Report on vaccination in Madras 1904-1921 - 1904-1921
Year: 1904
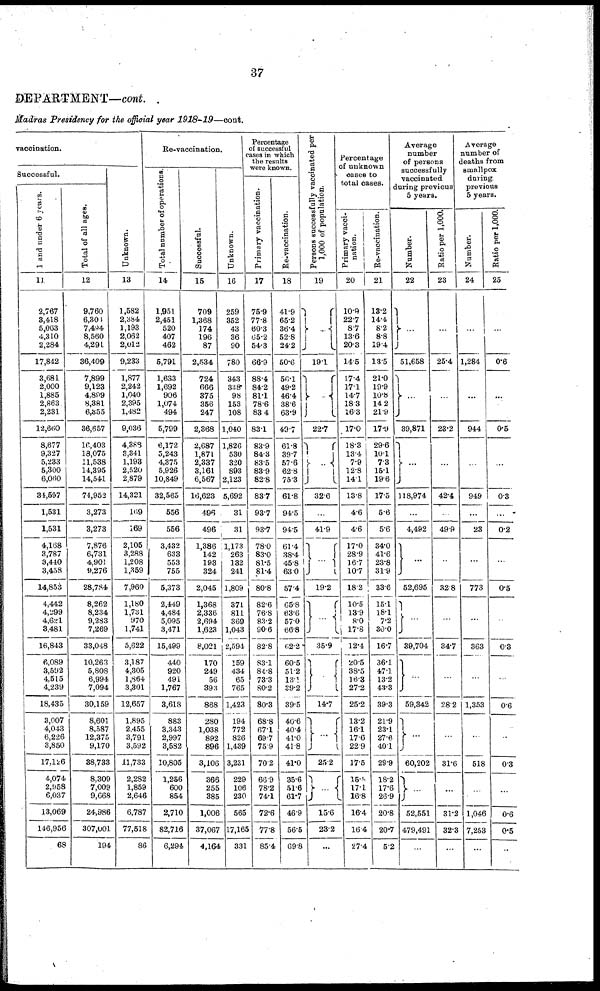
37
DEPARTMENT—cont.
Madras Presidency for the official year 1918-19—cont.
vaccination.
Successful.
1 and under 6 years.
11
2,767
3,418
5,063
4,310
2,284
17,842
3,681
2,000
1,885
2,863
2,231
12,660
8,677
9,327
5,233
5,300
6,060
34,597
1,531
1,531
4,168
3,787
3,440
3,458
14,853
4,442
4,299
4,621
8,481
16,843
6,089
3,592
4,515
4,239
18,435
3,007
4,043
6,226
3,850
17,126
4,074
2,958
6,037
13,069
146,956
68
Total of all ages.
12
9,760
6,304
7,494
8,560
4,291
36,409
7,899
9,123
4,899
8,381
6,355
36,657
16,403
18,075
11,538
14,395
14,541
74,952
3,273
3,273
7,876
6,731
4,901
9,276
28,784
8,262
8,234
9,283
7,269
33,048
10,263
5,808
6,994
7,094
30,159
8,601
8,587
12,375
9,170
38,733
8,309
7,009
9,668
24,986
307,001
194
Unknown.
13
1,582
2,384
1,193
2,062
2,012
9,233
1,877
2,242
1,040
2,395
1,482
9,036
4,388
3,341
1,193
2,520
2,879
14,321
169
169
2,105
3,288
1,208
1,359
7,960
1,180
1,731
970
1,741
5,622
3,187
4,305
1,864
3,301
12,657
1,895
2,455
3,791
3,592
11,733
2,282
1,859
2,646
6,787
77,518
86
Re-vaccination.
Total number of operations.
14
1,951
2,451
520
407
462
5,791
1,633
1,692
906
1,074
494
5,799
6,172
5,243
4,375
5,926
10,849
32,565
556
556
3,432
633
553
755
5,373
2,449
4,484
5,095
3,471
15,499
440
920
491
1,767
3,618
883
3,343
2,997
3,582
10,805
1,256
600
854
2,710
82,716
6,294
Successful.
15
709
1,368
174
196
87
2,534
724
666
375
356
247
2,368
2,687
1,871
2,337
3,161
6,567
16,623
496
496
1,386
142
193
324
2,045
1,368
2,336
2,694
1,623
8,021
170
249
56
393
868
280
1,038
892
896
3,106
366
255
385
1,006
37,067
4,164
Unknown.
16
259
352
43
36
90
780
343
338
98
153
108
1,040
1,826
530
320
893
2,123
5,692
31
31
1,173
263
132
241
1,809
371
811
369
1,043
2,594
159
434
65
765
1,423
194
772
826
1,439
3,231
229
106
230
565
17,165
331
Percentage
of successful
cases in which
the results
were known.
Primary vaccination.
17
75.9
77.8
60.3
65.2
54.3
66.9
88.4
84.2
81.1
78.6
83.4
83.1
83.9
84.3
83.5
83.9
82.8
83.7
93.7
93.7
78.0
83.0
81.5
81.4
80.8
82.6
76.8
83.2
90.6
82.8
83.1
84.8
73.3
80.2
80.3
68.8
67.1
69.7
75.9
70.2
66.9
78.2
74.1
72.6
77.8
85.4
Re-vaccination.
18
41.9
65.2
36.4
52.8
24.2
50.6
56.1
49.2
46.4
38.6
63.9
49.7
61.8
39.7
57.6
62.8
75.3
61.8
94.5
94.5
61.4
38.4
45.8
63.0
57.4
65.8
63.6
57.0
66.8
66.2
60.5
51.2
13.1
39.2
39.5
40.6
40.4
41.0
41.8
41.0
35.6
51.6
61.7
46.9
56.5
69.8
Persons successfully vaccinated per
1,000 of population.
19
...
19.1
...
22.7
...
32.6
...
41.9
...
19.2
...
35.9
...
14.7
...
25.2
...
15.6
23.2
...
Percentage
of unknown
cases to
total cases.
Primary vacci-
nation.
20
10.0
22.7
8.7
13.6
20.3
14.5
17.4
171
14.7
18.3
16.3
17.0
18.3
13.4
7.9
12.8
14.1
13.8
4.6
4.6
17.0
28.9
16.7
10.7
18.2
10.5
18.9
8.0
17.8
12.4
20.5
38.5
16.3
27.2
25.2
13.2
16.1
17.6
22.9
17.5
15.5
17.1
16.8
16.4
16.4
27.4
Re-vaccination.
21
13.2
14.4
8.2
8.8
19.4
13.5
21.0
19.9
10.8
14.2
21.9
17.9
29.6
10.1
7.3
15.1
19.6
17.5
5.6
5.6
34.0
41.6
23.8
31.9
33.6
15.1
18.1
7.2
30.0
16.7
36.1
47.1
13.2
43.3
39.3
21.9
23.1
27.6
40.1
29.9
18.2
17.6
26.9
20.8
20.7
5.2
Average
number
of persons
successfully
vaccinated
during previous
5 years.
Number.
22
...
51,658
...
39,871
...
118,974
...
4,492
...
52,695
...
39,704
...
59,342
...
60,202
...
52,551
479,491
...
Ratio per 1,000.
23
...
25.4
...
23.2
...
42.4
...
49.9
...
82.8
...
34.7
...
28.2
...
31.6
...
31.2
32.3
...
Average
number of
deaths from
smallpox
during
previous
5 years.
Number.
24
...
1,284
...
944
...
949
...
23
...
773
...
363
...
1,353
...
518
...
1,046
7,253
...
Ratio per 1,000.
25
...
0.6
...
0.5
...
0.3
...
0.2
...
0.5
...
0.3
...
0.6
...
0.3
...
0.6
0.5
...